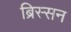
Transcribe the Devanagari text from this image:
ब्रिस्सन